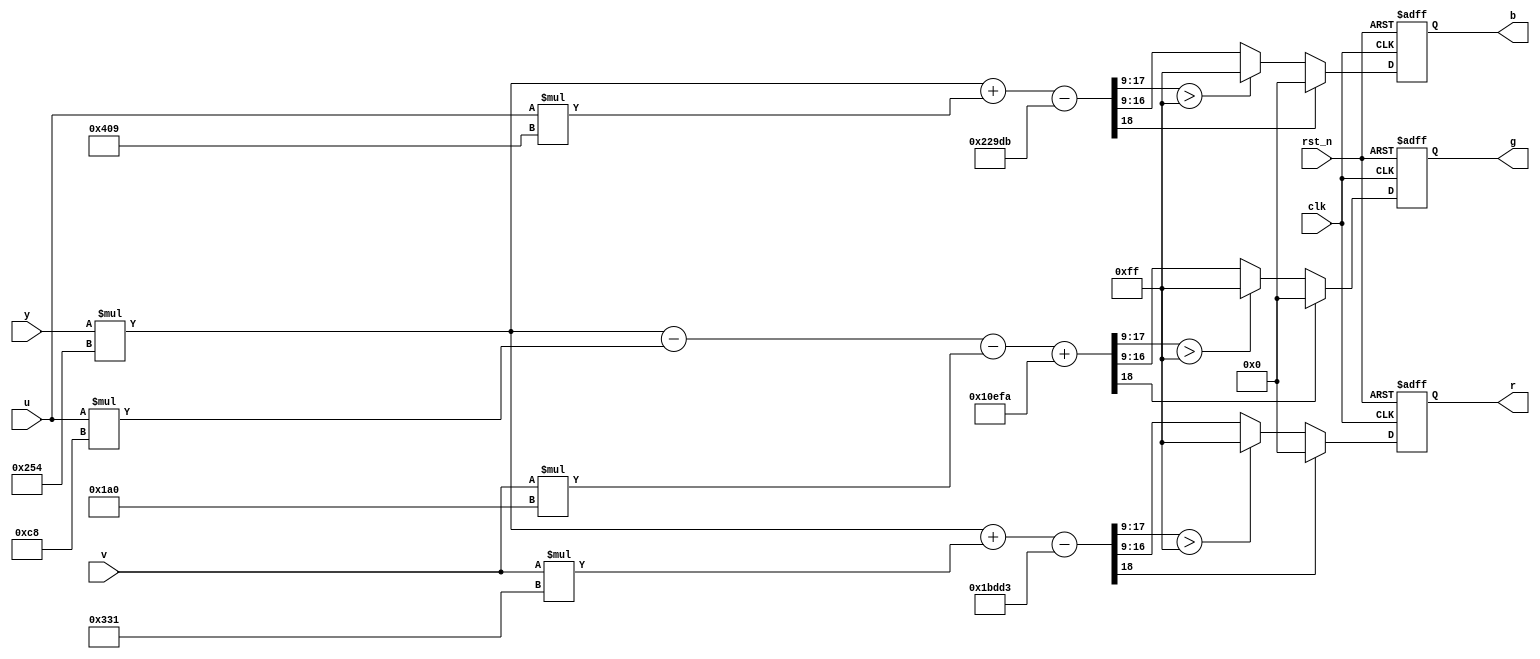
//--------------------------------------------------------------------------------------------------
// Design    : bitstream_p
// Author(s) : qiu bin, shi tian qi
// Copyright (C) 2013 qiu bin 
// All rights reserved                
//-------------------------------------------------------------------------------------------------


module yuv2rgb (
  clk,
  rst_n,
  y,
  u,
  v,
  r,
  g,
  b
);
input			clk;
input			rst_n;
input 	[7:0]	y;
input	[7:0]	u;
input 	[7:0]	v;
output	[7:0]	r;
output	[7:0]	g;
output	[7:0]	b;

//
//regs
//
reg  [7:0]  r,g,b;
reg  [9:0] r_tmp;
reg  [9:0] g_tmp;
reg  [9:0] b_tmp;

always@(posedge clk or negedge rst_n) begin
  if (!rst_n) begin
    r   		<= 0;
    g	  		<= 0;
    b   		<= 0;
  end
  else begin
    if (r_tmp[9])
      r <= 0;
    else if (r_tmp[8:0] > 255)
      r <= 255;
    else
      r <= r_tmp[7:0];

    if (g_tmp[9])
      g <= 0;
    else if (g_tmp[8:0] > 255)
      g <= 255;
    else
      g <= g_tmp[7:0];
      
    if (b_tmp[9])
      b <= 0;
    else if (b_tmp[8:0] > 255)
      b <= 255;
    else
      b <= b_tmp[7:0];
  end
end

/*
R = 1.164(Y-16) + 1.596(Cr-128)
G = 1.164(Y-16) - 0.391(Cb-128) - 0.813(Cr-128)
B = 1.164(Y-16) + 2.018(Cb-128)

R << 9 = 596Y  + 817Cr          - 114131
G << 9 = 596Y  - 416Cr - 200Cb  + 69370
B << 9 = 596Y          + 1033Cb - 141787
*/

always@(*) begin
    r_tmp <= ( y*596 + v*817 - 114131 ) >>9;
    g_tmp <= ( y*596 - u*200 - v*416 + 69370) >>9;
    b_tmp <= ( y*596 + u*1033 - 141787 ) >>9;
end

endmodule